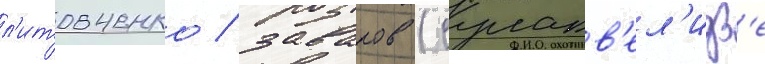
л'итовченко / заваров (сулакв'ел'идз'е